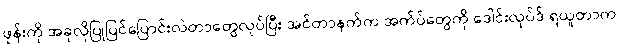
ဖုန်းကို အခုလိုပြုပြင်ပြောင်းလဲတာတွေလုပ်ပြီး အင်တာနက်က အက်ပ်တွေကို ဒေါင်းလုပ်ဒ် ရယူတာက